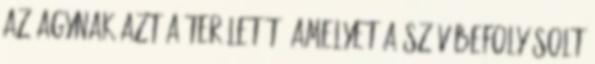
az agynak azt a területét, amelyet a szív befolyásolt